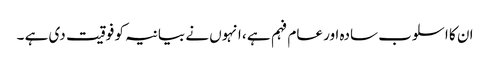
ان کا اسلوب سادہ اور عام فہم ہے ، انہوں نے بیانیہ کو فوقیت دی ہے ۔